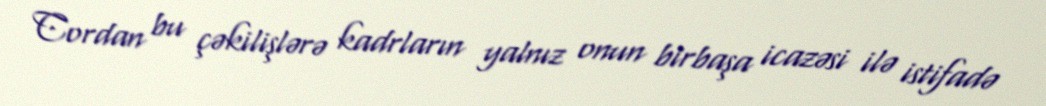
Cordan bu çəkilişlərə kadrların yalnız onun birbaşa icazəsi ilə istifadə